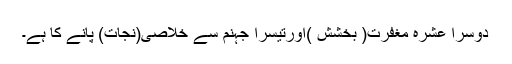
دوسرا عشرہ مغفرت( بخشش )اورتیسرا جہنم سے خلاصی(نجات) پانے کا ہے۔